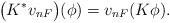
LaTeX: \begin{align*} \bigl(K^* v_{nF}\bigr) (\phi) = v_{nF} (K \phi).\end{align*}